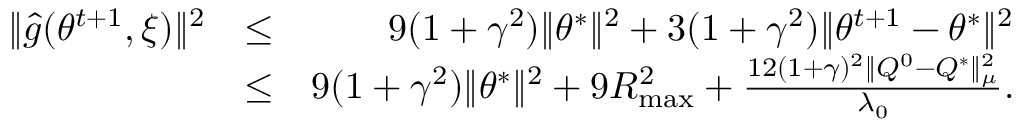
\begin{array} { r l r } { \| \hat { g } ( \theta ^ { t + 1 } , \xi ) \| ^ { 2 } } & { \leq } & { 9 ( 1 + \gamma ^ { 2 } ) \| \theta ^ { * } \| ^ { 2 } + 3 ( 1 + \gamma ^ { 2 } ) \| \theta ^ { t + 1 } - \theta ^ { * } \| ^ { 2 } } \\ & { \leq } & { 9 ( 1 + \gamma ^ { 2 } ) \| \theta ^ { * } \| ^ { 2 } + 9 R _ { \operatorname* { m a x } } ^ { 2 } + \frac { 1 2 ( 1 + \gamma ) ^ { 2 } \| Q ^ { 0 } - Q ^ { * } \| _ { \mu } ^ { 2 } } { \lambda _ { 0 } } . } \end{array}